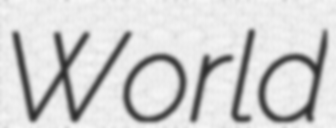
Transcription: World